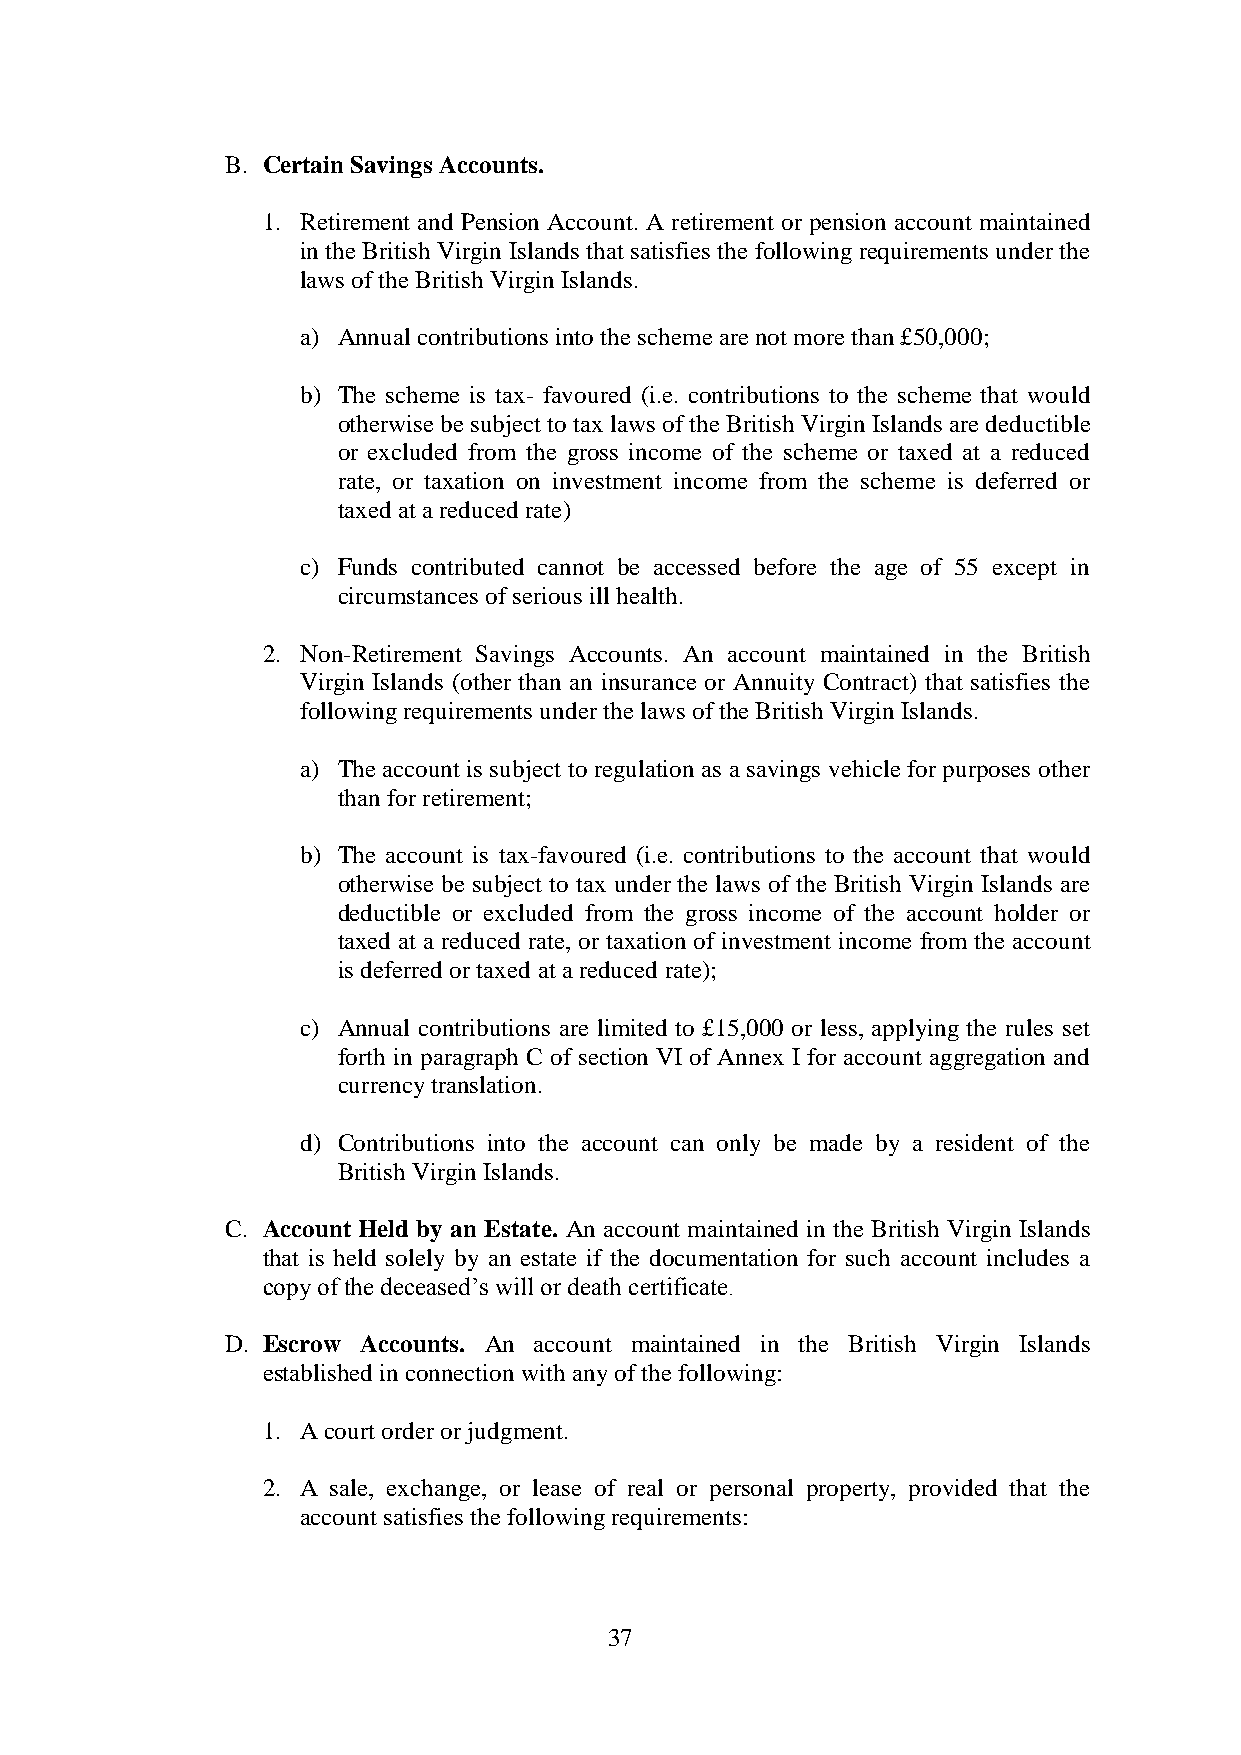
B. Certain Savings Accounts.
 1. Retirement and Pension Account. A retirement or pension account maintained
 in the British Virgin Islands that satisfies the following requirements under the
 laws of the British Virgin Islands.
 a) Annual contributions into the scheme are not more than £50,000;
 b) The scheme is tax- favoured (i.e. contributions to the scheme that would
 otherwise be subject to tax laws of the British Virgin Islands are deductible
 or excluded from the gross income of the scheme or taxed at a reduced
 rate, or taxation on investment income from the scheme is deferred or
 taxed at a reduced rate)
 c) Funds contributed cannot be accessed before the age of 55 except in
 circumstances of serious ill health.
 2. Non-Retirement Savings Accounts. An account maintained in the British
 Virgin Islands (other than an insurance or Annuity Contract) that satisfies the
 following requirements under the laws of the British Virgin Islands.
 a) The account is subject to regulation as a savings vehicle for purposes other
 than for retirement;
 b) The account is tax-favoured (i.e. contributions to the account that would
 otherwise be subject to tax under the laws of the British Virgin Islands are
 deductible or excluded from the gross income of the account holder or
 taxed at a reduced rate, or taxation of investment income from the account
 is deferred or taxed at a reduced rate);
 c) Annual contributions are limited to £15,000 or less, applying the rules set
 forth in paragraph C of section VI of Annex I for account aggregation and
 currency translation.
 d) Contributions into the account can only be made by a resident of the
 British Virgin Islands.
 C. Account Held by an Estate. An account maintained in the British Virgin Islands
 that is held solely by an estate if the documentation for such account includes a
 copy of the deceased’s will or death certificate.
 D. Escrow Accounts. An account maintained in the British Virgin Islands
 established in connection with any of the following:
 1. A court order or judgment.
 2. A sale, exchange, or lease of real or personal property, provided that the
 account satisfies the following requirements:
 37